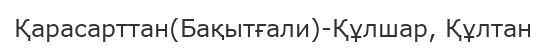
Қарасарттан(Бақытғали)-Құлшар, Құлтан